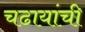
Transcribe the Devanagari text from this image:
चढायांची